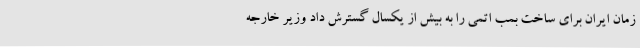
زمان ایران برای ساخت بمب اتمی را به بیش از یکسال گسترش داد وزیر خارجه